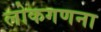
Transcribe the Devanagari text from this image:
लोकगणना